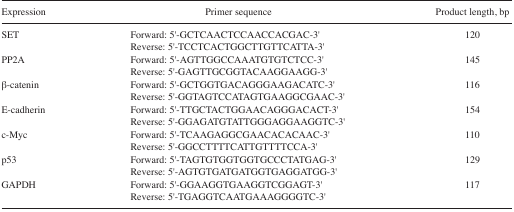
<table><thead><tr><td><b>Expression</b></td><td><b>Primer sequence</b></td><td><b>Product length, bp</b></td></tr></thead><tbody><tr><td>SET</td><td>Forward: 5′-GCTCAACTCCAACCACGAC-3′Reverse: 5′-TCCTCACTGGCTTGTTCATTA-3′</td><td>120</td></tr><tr><td>PP2A</td><td>Forward: 5′-AGTTGGCCAAATGTGTCTCC-3′Reverse: 5′-GAGTTGCGGTACAAGGAAGG-3′</td><td>145</td></tr><tr><td>β-catenin</td><td>Forward: 5′-GCTGGTGACAGGGAAGACATC-3′Reverse: 5′-GGTAGTCCATAGTGAAGGCGAAC-3′</td><td>116</td></tr><tr><td>E-cadherin</td><td>Forward: 5′-TTGCTACTGGAACAGGGACACT-3′Reverse: 5′-GGAGATGTATTGGGAGGAAGGTC-3′</td><td>154</td></tr><tr><td>c-Myc</td><td>Forward: 5′-TCAAGAGGCGAACACACAAC-3′Reverse: 5′-GGCCTTTTCATTGTTTTCCA-3′</td><td>110</td></tr><tr><td>p53</td><td>Forward: 5′-TAGTGTGGTGGTGCCCTATGAG-3′Reverse: 5′-AGTGTGATGATGGTGAGGATGG-3′</td><td>129</td></tr><tr><td>GAPDH</td><td>Forward: 5′-GGAAGGTGAAGGTCGGAGT-3′Reverse: 5′-TGAGGTCAATGAAAGGGGTC-3′</td><td>117</td></tr></tbody></table>